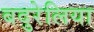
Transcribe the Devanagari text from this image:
बदुरेलिया